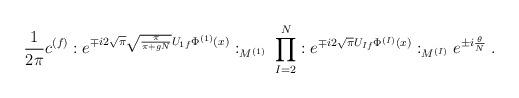
LaTeX: \begin{align*}\frac{1}{2\pi} c^{(f)}: e^{\mp i 2 \sqrt{\pi} \sqrt{\frac{\pi}{\pi +gN}} U_{1 f} \Phi^{(1)}(x)}:_{M^{(1)}} \; \prod_{I=2}^N: e^{\mp i 2 \sqrt{\pi} U_{I f} \Phi^{(I)}(x)}:_{M^{(I)}} e^{\pm i \frac{\theta}{N}}\; .\end{align*}